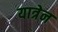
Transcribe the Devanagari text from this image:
यात्रेन